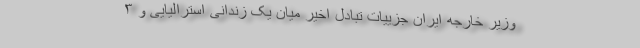
وزیر خارجه ایران جزییات تبادل اخیر میان یک زندانی استرالیایی و ۳